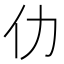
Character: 仂